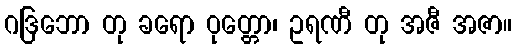
ဂဒြဘော တု ခရော ဝုတ္တော၊ ဥရဏီ တု အဇီ အဇာ။